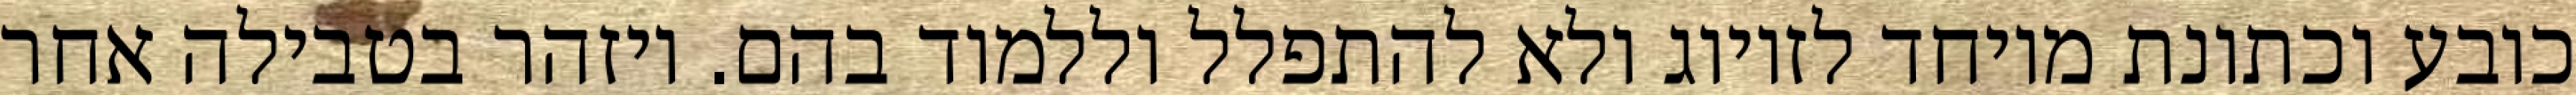
כובע וכתונת מיוחד לזיווג ולא להתפלל וללמוד בהם. ויזהר בטבילה אחר